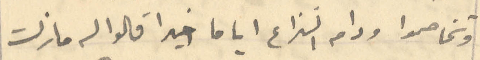
وتخاضموا ودام النزاع أياما خيرا قالوا له ما زلت